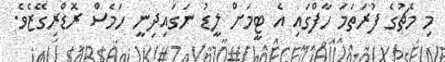
މި މެޗުގެ ފުރަތަމަ ހާފްގައި އެ ޓީމަށް ލީޑު ނަގައިދިނީ ހަމެސް ރޮޑްރިގޭޒެވެ.